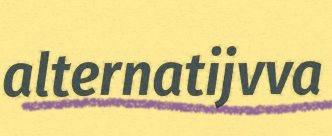
alternatijvva